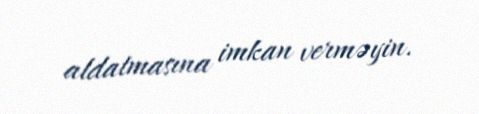
aldatmasına imkan verməyin.